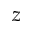
z